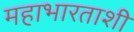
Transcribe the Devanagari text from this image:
महाभारताशी